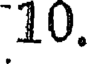
10.